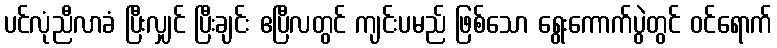
ပင်လုံညီလာခံ ပြီးလျှင် ပြီးချင်း ဧပြီလတွင် ကျင်းပမည် ဖြစ်သော ရွေးကောက်ပွဲတွင် ဝင်ရောက်